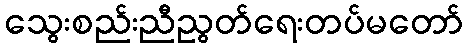
သွေးစည်းညီညွတ်ရေးတပ်မတော်